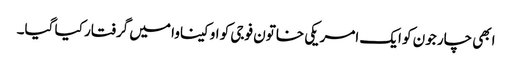
ابھی چار جون کو ایک امریکی خاتون فوجی کو اوکیناوا میں گرفتار کیا گیا۔